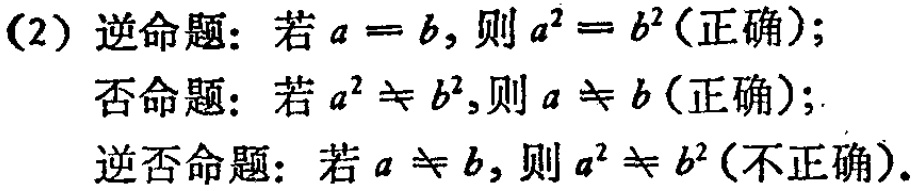
(2) 逆命题：若\(a = b\)，则\(a^{2} = b^{2}\)(正确)；

否命题：若\(a^{2} \neq b^{2}\)，则\(a \neq b\)(正确)；

逆否命题：若\(a \neq b\)，则\(a^{2} \neq b^{2}\)(不正确).